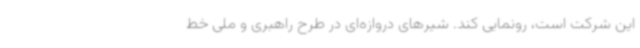
این شرکت است، رونمایی کند. شیرهای دروازه‌ای در طرح راهبری و ملی خط